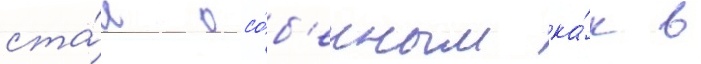
ста́л осо́б'енным ка́к в